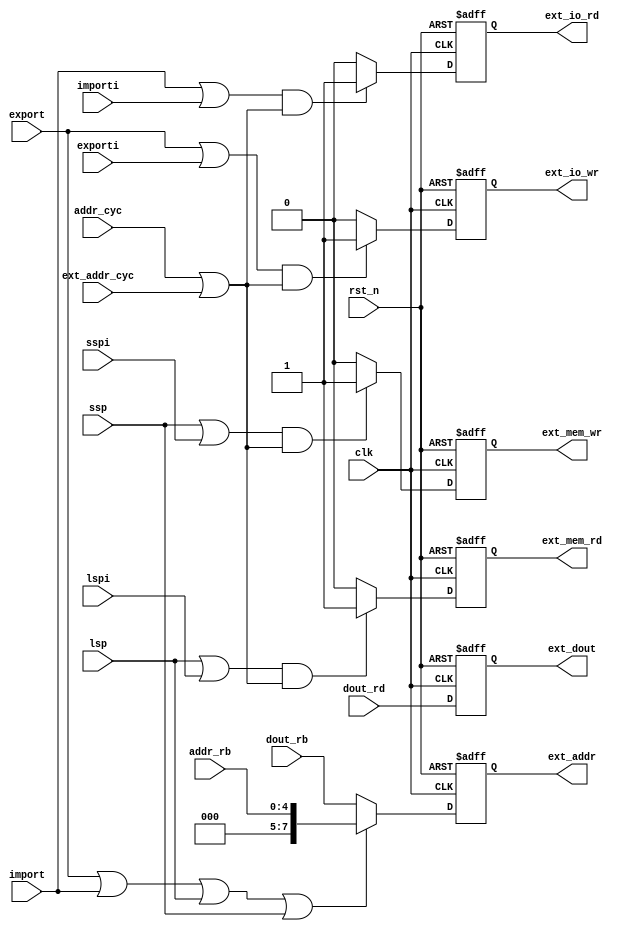
// ============================================================================
// >>>>>>>>>>>>>>>>>>>>>>>>>>>>> COPYRIGHT NOTICE <<<<<<<<<<<<<<<<<<<<<<<<<<<<<
// ----------------------------------------------------------------------------
// Copyright (c) 2006-2011 by Lattice Semiconductor Corporation
// ALL RIGHTS RESERVED 
// ----------------------------------------------------------------------------
//
// IMPORTANT: THIS FILE IS AUTO-GENERATED BY THE LATTICEMICO SYSTEM.
//
// Permission:
//
//      Lattice Semiconductor grants permission to use this code
//      pursuant to the terms of the Lattice Semiconductor Corporation
//      Open Source License Agreement.  
//
// Disclaimer:
//
//      Lattice Semiconductor provides no warranty regarding the use or
//      functionality of this code. It is the user's responsibility to
//      verify the users design for consistency and functionality through
//      the use of formal verification methods.
//
// ----------------------------------------------------------------------------
//
//                  Lattice Semiconductor Corporation
//                  5555 NE Moore Court
//                  Hillsboro, OR 97214
//                  U.S.A
//
//                  TEL: 1-800-Lattice (USA and Canada)
//                         503-286-8001 (other locations)
//
//                  web: http://www.latticesemi.com/
//
// ----------------------------------------------------------------------------
//                         FILE DETAILS
//
// Name			: lm8_io_cntl.v
// Project		: LatticeMico8
// Dependencies	: n/a
// Description	: LatticeMico8 microcontroller core's I/O controller.
// Revisions	: 3.2 (Initial version)
// 				: 3.3 (n/a)
// ============================================================================

module  lm8_io_cntl
   (
    input clk,
    input rst_n,
    input import,
    input importi,
    input export,
    input exporti,
    input ssp,
    input sspi,
    input lsp,
    input lspi,
    input addr_cyc,
    input ext_addr_cyc,
    input [4:0] addr_rb,
    input [7:0] dout_rd,
    input [7:0] dout_rb,
    output reg [7:0] ext_addr,
    output reg [7:0] ext_dout,
    output reg ext_mem_wr,
    output reg ext_mem_rd,
    output reg ext_io_wr,
    output reg ext_io_rd
    );
   
   reg [7:0]   ext_addr_nxt;
   reg [7:0]   ext_dout_nxt;
   reg 	       ext_mem_wr_nxt;
   reg 	       ext_mem_rd_nxt;
   reg 	       ext_io_wr_nxt;
   reg 	       ext_io_rd_nxt;

   always @(/*AUTOSENSE*/addr_cyc or addr_rb or dout_rb or dout_rd
	    or exporti or ext_addr_cyc or importi or lsp or lspi
	    or ssp or sspi or import or export)
     begin
	if ((export || exporti) && (addr_cyc || ext_addr_cyc))
	  ext_io_wr_nxt = 1'b1;
	else
	  ext_io_wr_nxt = 1'b0;
	
	if ((import || importi) && (addr_cyc || ext_addr_cyc))
	  ext_io_rd_nxt = 1'b1;
	else
	  ext_io_rd_nxt = 1'b0;
	
	if ((ssp || sspi) && (addr_cyc || ext_addr_cyc))
	  ext_mem_wr_nxt = 1'b1;
	else
	  ext_mem_wr_nxt = 1'b0;
	
	if ((lsp || lspi) && (addr_cyc || ext_addr_cyc))
	  ext_mem_rd_nxt = 1'b1;
	else
	  ext_mem_rd_nxt = 1'b0;
	
	if (export || import || lsp || ssp)
	  ext_addr_nxt = {3'b000, addr_rb};
	else
	  ext_addr_nxt = dout_rb;
	
	ext_dout_nxt = dout_rd;
     end
   	
   always @(posedge clk or negedge rst_n) 
     if (!rst_n) 
       begin  
	  ext_addr   <= #1 0;
          ext_dout   <= #1 0;
          ext_io_wr  <= #1 0;
          ext_io_rd  <= #1 0;
	  ext_mem_wr <= #1 0;
	  ext_mem_rd <= #1 0;
       end
     else 
       begin
	  ext_addr   <= #1 ext_addr_nxt;
          ext_dout   <= #1 ext_dout_nxt;
          ext_io_wr  <= #1 ext_io_wr_nxt;
          ext_io_rd  <= #1 ext_io_rd_nxt;
	  ext_mem_wr <= #1 ext_mem_wr_nxt;
	  ext_mem_rd <= #1 ext_mem_rd_nxt;
       end
   
endmodule